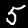
Digit: 5